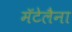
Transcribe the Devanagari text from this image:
मॅटेलैना